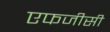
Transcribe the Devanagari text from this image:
एफजीसी